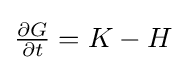
{\textstyle {\frac {\partial G}{\partial t}}=K-H}